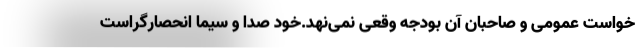
خواست عمومی و صاحبان آن بودجه وقعی نمی‌نهد.خود صدا و سیما انحصار‌گراست